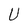
Character: U